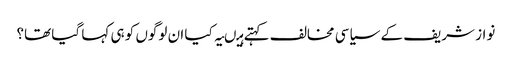
نواز شریف کے سیاسی مخالف کہتے ہیںیہ کیا ان لوگوں کو ہی کہا گیا تھا؟